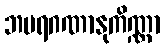
ဘမရဂဏာနုကိဏ္ဏာ